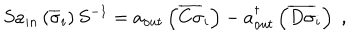
S a _ { i n } \left( \overline { { { \sigma } } } _ { i } \right) S ^ { - 1 } = a _ { o u t } \left( \overline { { { C \sigma } } } _ { i } \right) - a _ { o u t } ^ { \dagger } \left( \overline { { { D \sigma } } } _ { i } \right) \; ,